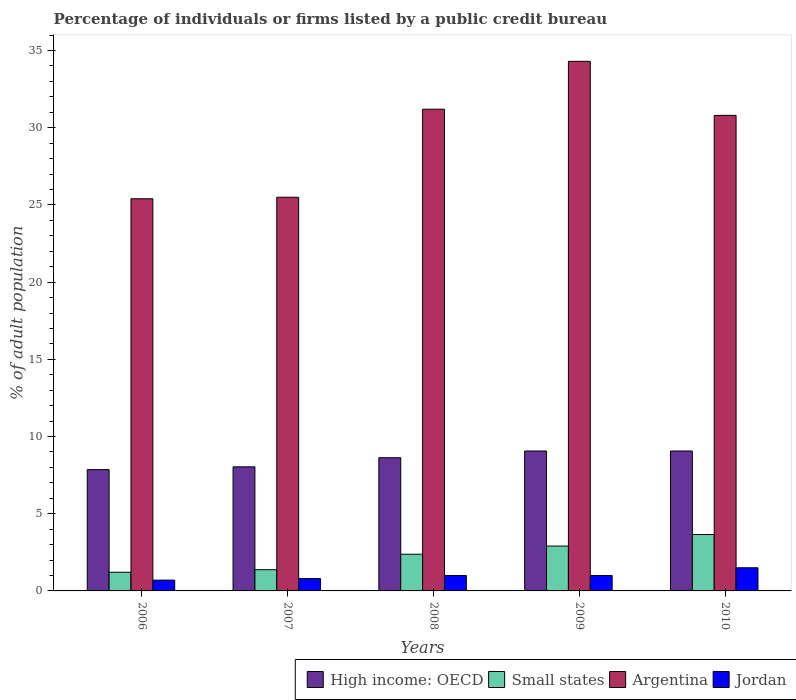
| Years | High income: OECD | Small states | Argentina | Jordan |
 | --- | --- | --- | --- | --- |
 | 2006 | 7.86 | 1.21 | 25.4 | 0.7 |
 | 2007 | 8.04 | 1.37 | 25.5 | 0.8 |
 | 2008 | 8.63 | 2.38 | 31.2 | 1 |
 | 2009 | 9.06 | 2.91 | 34.3 | 1 |
 | 2010 | 9.06 | 3.65 | 30.8 | 1.5 |